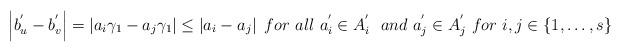
LaTeX: \begin{align*} \left|b_{u}^{'}-b_{v}^{'}\right|=\left|a_{i}\gamma_{1}-a_{j}\gamma_{1}\right|\leq \left|a_{i}-a_{j}\right|~for~all~a_{i}^{'}\in A_{i}^{'}~~and~a_{j}^{'}\in A_{j}^{'}~for~i,j\in\{1,\ldots,s\}\end{align*}